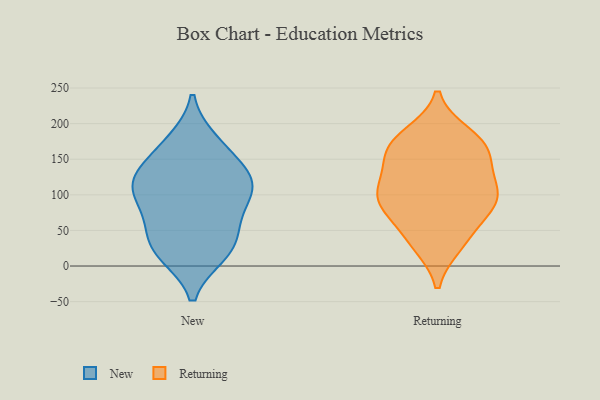
{"axis": {"x": "Temperature (°C)", "y": "Value"}, "legend": ["New", "Returning"], "data": [{"x": "", "y": 128, "type": "New"}, {"x": "", "y": 16, "type": "New"}, {"x": "", "y": 40, "type": "New"}, {"x": "", "y": 101, "type": "New"}, {"x": "", "y": 99, "type": "New"}, {"x": "", "y": 111, "type": "New"}, {"x": "", "y": 18, "type": "New"}, {"x": "", "y": 172, "type": "New"}, {"x": "", "y": 91, "type": "New"}, {"x": "", "y": 19, "type": "New"}, {"x": "", "y": 57, "type": "New"}, {"x": "", "y": 122, "type": "New"}, {"x": "", "y": 176, "type": "New"}, {"x": "", "y": 146, "type": "New"}, {"x": "", "y": 126, "type": "New"}, {"x": "", "y": 58, "type": "New"}, {"x": "", "y": 173, "type": "Returning"}, {"x": "", "y": 94, "type": "Returning"}, {"x": "", "y": 90, "type": "Returning"}, {"x": "", "y": 32, "type": "Returning"}, {"x": "", "y": 184, "type": "Returning"}, {"x": "", "y": 99, "type": "Returning"}, {"x": "", "y": 150, "type": "Returning"}, {"x": "", "y": 52, "type": "Returning"}, {"x": "", "y": 107, "type": "Returning"}, {"x": "", "y": 30, "type": "Returning"}, {"x": "", "y": 170, "type": "Returning"}, {"x": "", "y": 173, "type": "Returning"}, {"x": "", "y": 86, "type": "Returning"}, {"x": "", "y": 128, "type": "Returning"}, {"x": "", "y": 144, "type": "Returning"}, {"x": "", "y": 88, "type": "Returning"}]}